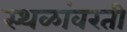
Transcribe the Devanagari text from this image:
स्थळांवरती